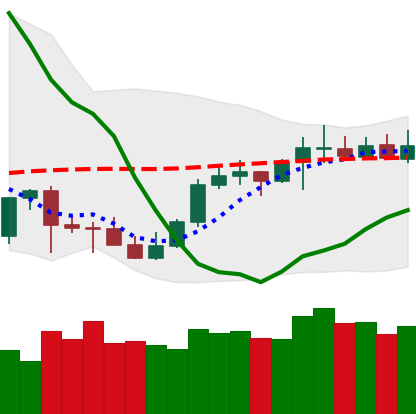
Ticker: LTC-USD
Chart end date: 2021-10-11
Forward return: 3.769%
Label: up_3_5